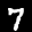
Label: 7